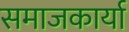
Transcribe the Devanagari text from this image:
समाजकार्या